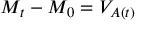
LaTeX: M _ { t } - M _ { 0 } = V _ { A ( t ) }